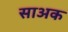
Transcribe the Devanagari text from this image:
साअक